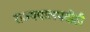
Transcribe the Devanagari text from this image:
राज्यपालपदीही